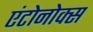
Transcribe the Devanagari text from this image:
एंटोनोक्स